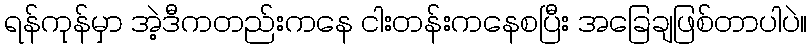
ရန်ကုန်မှာ အဲ့ဒီကတည်းကနေ ငါးတန်းကနေစပြီး အခြေချဖြစ်တာပါပဲ။